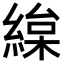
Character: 𦂅